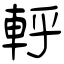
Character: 軤